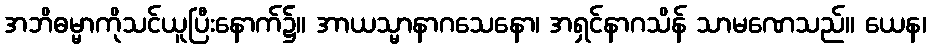
အဘိဓမ္မာကိုသင်ယူပြီးနောက်၌။ အာယသ္မာနာဂသေနော၊ အရှင်နာဂသိန် သာမဏေသည်။ ယေန၊